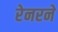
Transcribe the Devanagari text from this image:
रेनरने